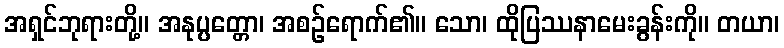
အရှင်ဘုရားတို့။ အနုပ္ပတ္တော၊ အစဉ်ရောက်၏။ သော၊ ထိုပြဿနာမေးခွန်းကို။ တယာ၊